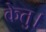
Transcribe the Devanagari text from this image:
केतु।